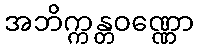
အဘိက္ကန္တဝဏ္ဏော